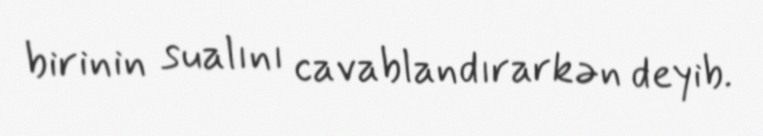
birinin sualını cavablandırarkən deyib.